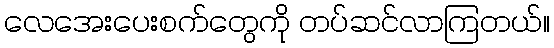
လေအေးပေးစက်တွေကို တပ်ဆင်လာကြတယ်။